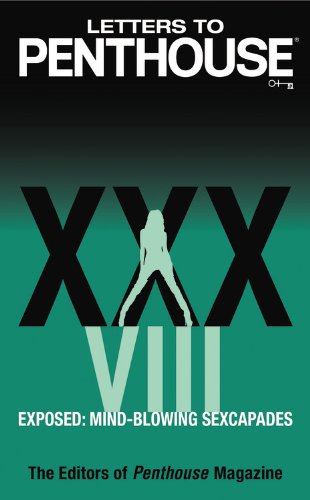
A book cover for Letters to Penthouse xxxviii: Exposed: Mind-blowing Sexcapades; Penthouse International; Literature & Fiction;